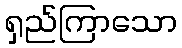
ရှည်ကြာသော